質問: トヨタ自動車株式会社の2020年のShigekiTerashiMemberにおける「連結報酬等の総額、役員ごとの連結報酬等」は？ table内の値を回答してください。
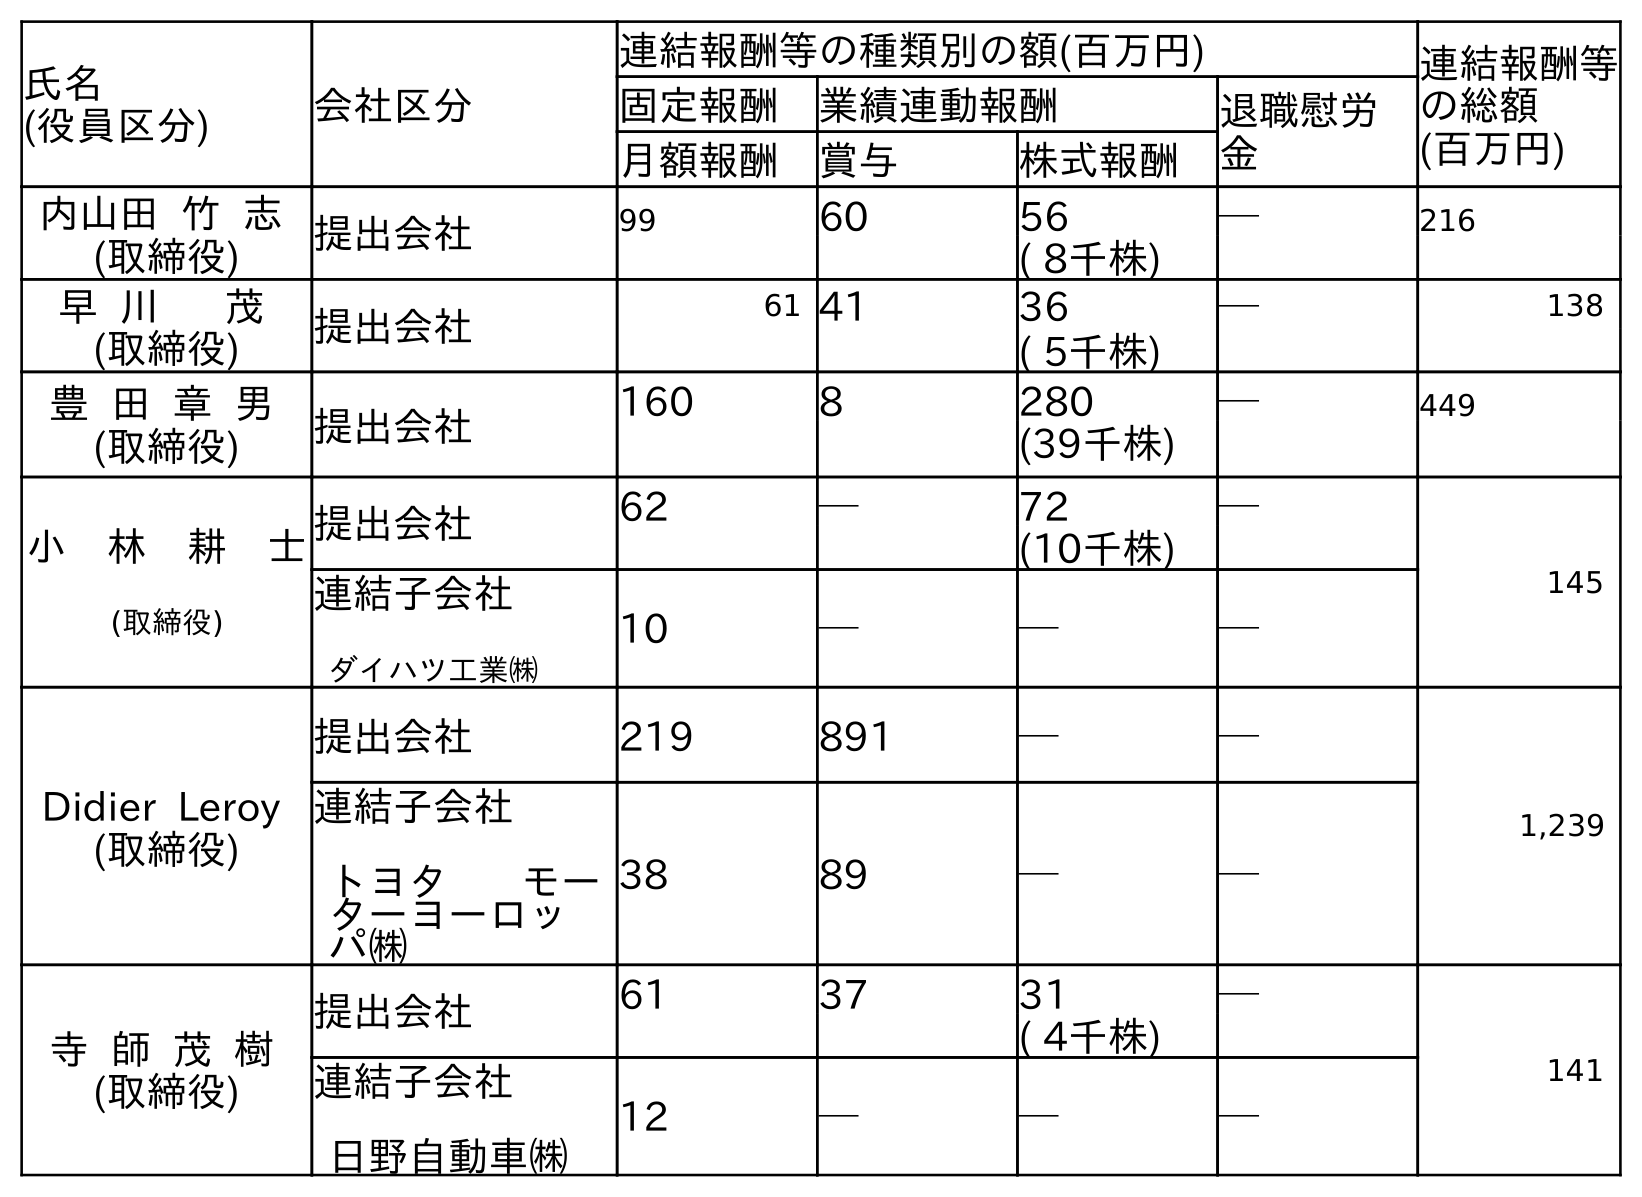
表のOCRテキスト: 氏名 (役員区分) 会社区分 連結報酬等の種類別の額(百万円) 連結報酬等 の総額 (百万円) 固定報酬 業績連動報酬 退職慰労 金 月額報酬 賞与 株式報酬 内山田 竹 志 (取締役) 提出会社 99 60 56 ─ 216 ( 8千株) 早 川 茂 (取締役) 提出会社 61 41 36 ─ 138 ( 5千株) 豊 田 章 男 (取締役) 提出会社 160 8 280 ─ 449 (39千株) 小 林 耕 士 (取締役) 提出会社 62 ─ 72 ─ 145 (10千株) 連結子会社 ダイハツ工業㈱ 10 ─ ─ ─ Didier Leroy (取締役) 提出会社 219 891 ─ ─ 1,239 連結子会社 トヨタ モー ターヨーロッ パ㈱ 38 89 ─ ─ 寺 師 茂 樹 (取締役) 提出会社 61 37 31 ─ 141 ( 4千株) 連結子会社 日野自動車㈱ 12 ─ ─ ─
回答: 141